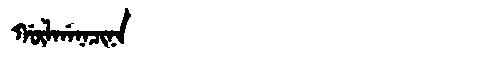
Manchu: ᡤᡡᠯᡤᠠᠨᠠᠴᡳᠨᠠ
Romanization: GŪLGANACINA